Vaccine operations Central Provinces & Berar 1912-1920 - 1912-1920
Year: 1912
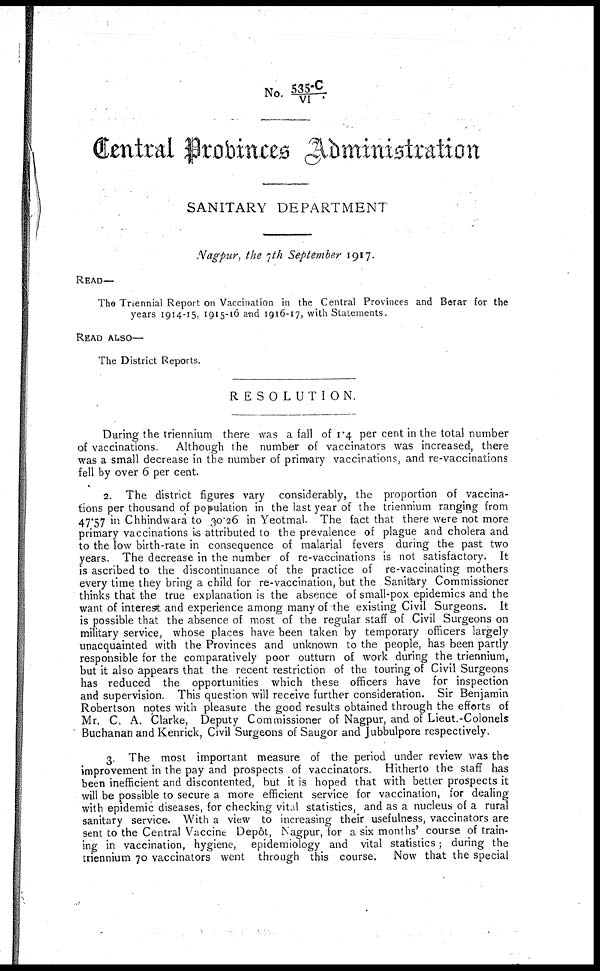
No. 535-C/VI
Central Provinces Administration
SANITARY DEPARTMENT
Nagpur, the 7 th September 1917.
READ—
The Triennial Report on Vaccination in the Central Provinces and Berar for the
years 1914-15, 1915-16 and 1916-17, with Statements.
READ ALSO—
The District Reports.
RESOLUTION.
During the triennium there was a fall of 1.4 per cent in the total number
of vaccinations. Although the number of vaccinators was increased, there
was a small decrease in the number of primary vaccinations, and re-vaccinations
fell by over 6 per cent.
2. The district figures vary considerably, the proportion of vaccina-
tions per thousand of population in the last year of the triennium ranging from
47.57 in Chhindwara to 30.26 in Yeotmal. The fact that there were not more
primary vaccinations is attributed to the prevalence of plague and cholera and
to the low birth-rate in consequence of malarial fevers during the past two
years. The decrease in the number of re-vaccinations is not satisfactory. It
is ascribed to the discontinuance of the practice of re-vaccinating mothers
every time they bring a child for re-vaccination, but the Sanitary Commissioner
thinks that the true explanation is the absence of small-pox epidemics and the
want of interest and experience among many of the existing Civil Surgeons. It
is possible that the absence of most of the regular staff of Civil Surgeons on
military service, whose places have been taken by temporary officers largely
unacquainted with the Provinces and unknown to the people, has been partly
responsible for the comparatively poor outturn of work during the triennium,
but it also appears that the recent restriction of the touring of Civil Surgeons
has reduced the opportunities which these officers have for inspection
and supervision. This question will receive further consideration. Sir Benjamin
Robertson notes with pleasure the good results obtained through the efforts of
Mr. C. A. Clarke, Deputy Commissioner of Nagpur, and of Lieut.-Colonels
Buchanan and Kenrick, Civil Surgeons of Saugor and Jubbulpore respectively.
3. The most important measure of the period under review was the
improvement in the pay and prospects of vaccinators. Hitherto the staff has
been inefficient and discontented, but it is hoped that with better prospects it
will be possible to secure a more efficient service for vaccination, for dealing
with epidemic diseases, for checking vital statistics, and as a nucleus of a rural
sanitary service. With a view to increasing their usefulness, vaccinators are
sent to the Central Vaccine Depôt, Nagpur, for a six months' course of train-
ing in vaccination, hygiene, epidemiology and vital statistics; during the
triennium 70 vaccinators went through this course. Now that the special